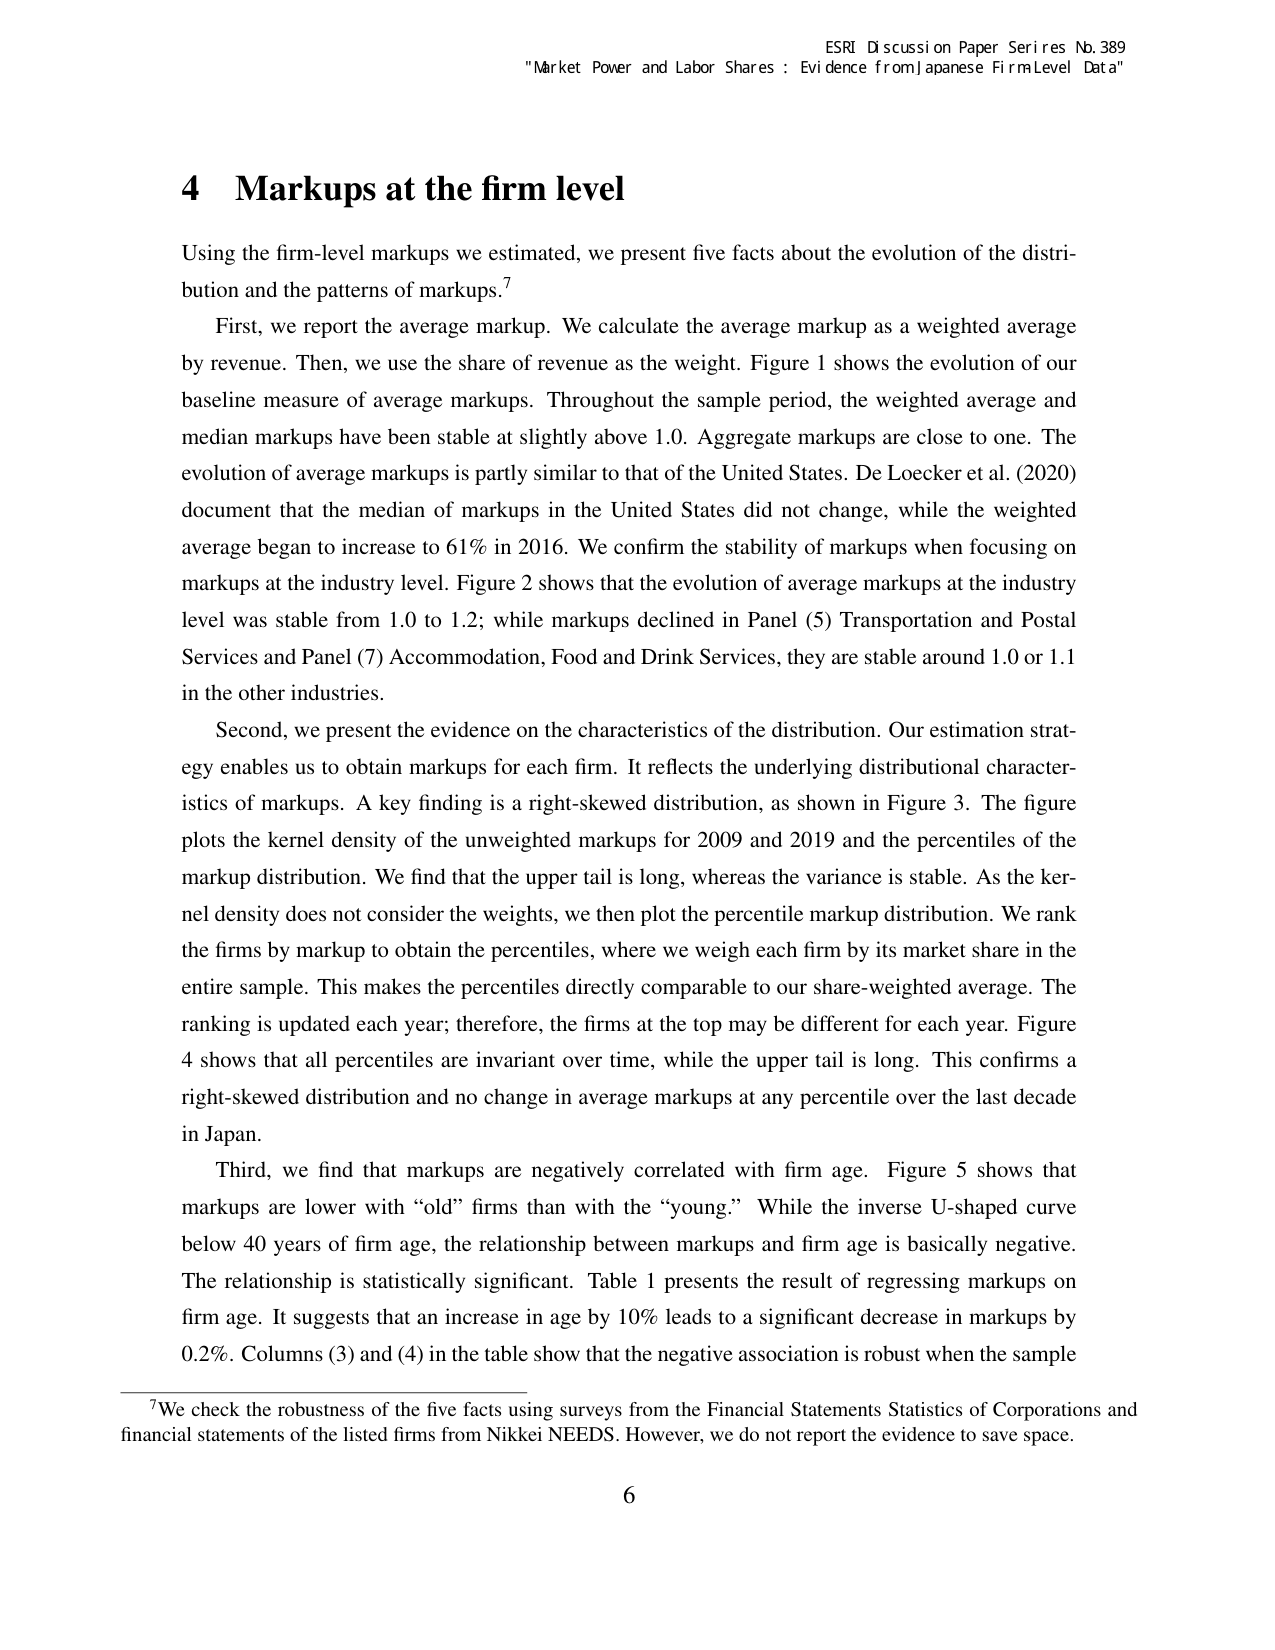
ESRI Discussion Paper Series No. 389
"Market Power and Labor Shares : Evidence from Japanese Firm Level Data"

4 Markups at the firm level

Using the firm-level markups we estimated, we present five facts about the evolution of the distribution and the patterns of markups.⁷

First, we report the average markup. We calculate the average markup as a weighted average by revenue. Then, we use the share of revenue as the weight. Figure 1 shows the evolution of our baseline measure of average markups. Throughout the sample period, the weighted average and median markups have been stable at slightly above 1.0. Aggregate markups are close to one. The evolution of average markups is partly similar to that of the United States. De Loecker et al. (2020) document that the median of markups in the United States did not change, while the weighted average began to increase to 61% in 2016. We confirm the stability of markups when focusing on markups at the industry level. Figure 2 shows that the evolution of average markups at the industry level was stable from 1.0 to 1.2; while markups declined in Panel (5) Transportation and Postal Services and Panel (7) Accommodation, Food and Drink Services, they are stable around 1.0 or 1.1 in the other industries.

Second, we present the evidence on the characteristics of the distribution. Our estimation strategy enables us to obtain markups for each firm. It reflects the underlying distributional characteristics of markups. A key finding is a right-skewed distribution, as shown in Figure 3. The figure plots the kernel density of the unweighted markups for 2009 and 2019 and the percentiles of the markup distribution. We find that the upper tail is long, whereas the variance is stable. As the kernel density does not consider the weights, we then plot the percentile markup distribution. We rank the firms by markup to obtain the percentiles, where we weigh each firm by its market share in the entire sample. This makes the percentiles directly comparable to our share-weighted average. The ranking is updated each year; therefore, the firms at the top may be different for each year. Figure 4 shows that all percentiles are invariant over time, while the upper tail is long. This confirms a right-skewed distribution and no change in average markups at any percentile over the last decade in Japan.

Third, we find that markups are negatively correlated with firm age. Figure 5 shows that markups are lower with “old” firms than with the “young.” While the inverse U-shaped curve below 40 years of firm age, the relationship between markups and firm age is basically negative. The relationship is statistically significant. Table 1 presents the result of regressing markups on firm age. It suggests that an increase in age by 10% leads to a significant decrease in markups by 0.2%. Columns (3) and (4) in the table show that the negative association is robust when the sample

⁷We check the robustness of the five facts using surveys from the Financial Statements Statistics of Corporations and financial statements of the listed firms from Nikkei NEEDS. However, we do not report the evidence to save space.

6